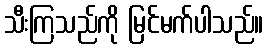
သီးကြသည်ကို မြင်မက်ပါသည်။